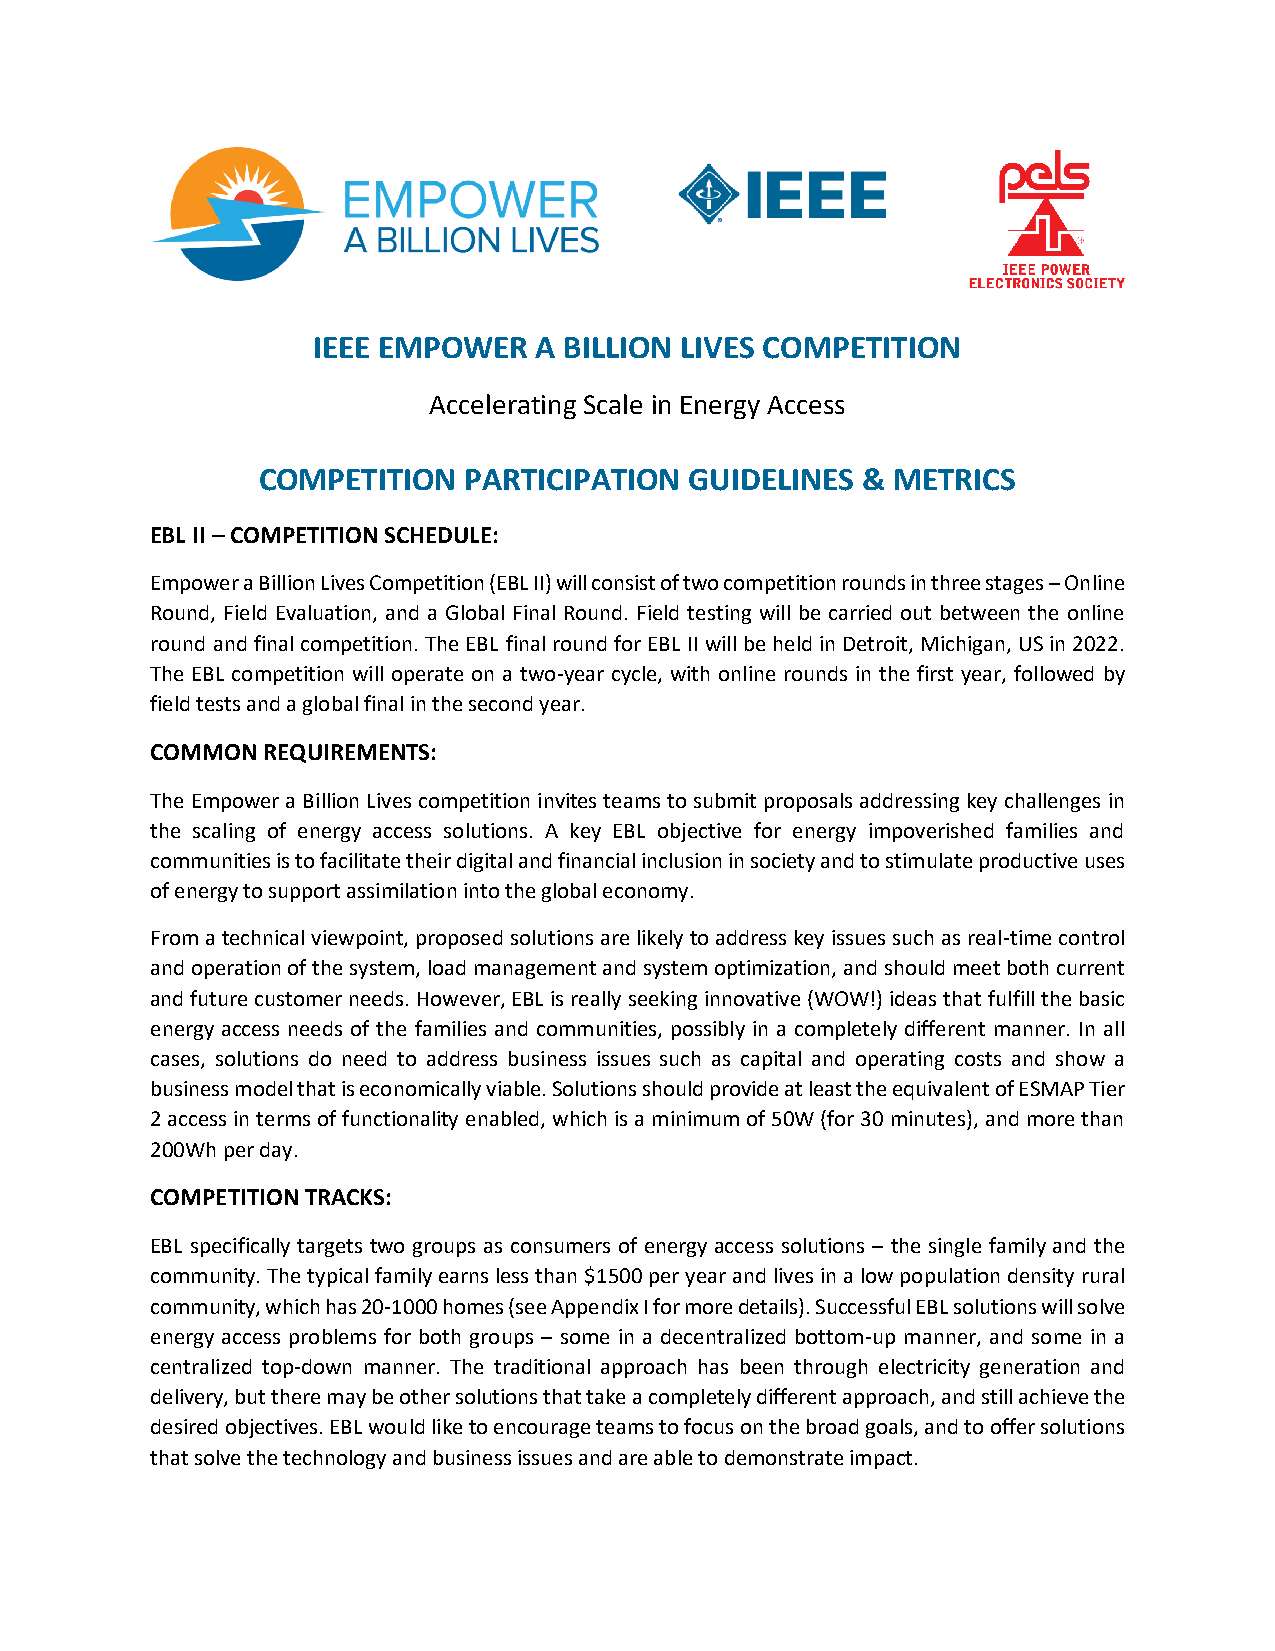
IEEE EMPOWER  A BILLION LIVES COMPETITION
 Accelerating Scale in Energy Access
 COMPETITION   PARTICIPATION  GUIDELINES & METRICS
 EBL II – COMPETITION SCHEDULE:
 Empower a Billion Lives Competition (EBL II) will consist of two competition rounds in three stages – Online
 Round, Field Evaluation, and a Global Final Round. Field testing will be carried out between the online
 round and final competition. The EBL final round for EBL II will be held in Detroit, Michigan, US in 2022.
 The EBL competition will operate on a two-year cycle, with online rounds in the first year, followed by
 field tests and a global final in the second year.
 COMMON REQUIREMENTS:
 The Empower a Billion Lives competition invites teams to submit proposals addressing key challenges in
 the scaling of energy access solutions. A key EBL objective for energy impoverished families and
 communities is to facilitate their digital and financial inclusion in society and to stimulate productive uses
 of energy to support assimilation into the global economy.
 From a technical viewpoint, proposed solutions are likely to address key issues such as real-time control
 and operation of the system, load management and system optimization, and should meet both current
 and future customer needs. However, EBL is really seeking innovative (WOW!) ideas that fulfill the basic
 energy access needs of the families and communities, possibly in a completely different manner. In all
 cases, solutions do need to address business issues such as capital and operating costs and show a
 business model that is economically viable. Solutions should provide at least the equivalent of ESMAP Tier
 2 access in terms of functionality enabled, which is a minimum of 50W (for 30 minutes), and more than
 200Wh per day.
 COMPETITION TRACKS:
 EBL specifically targets two groups as consumers of energy access solutions – the single family and the
 community. The typical family earns less than $1500 per year and lives in a low population density rural
 community, which has 20-1000 homes (see Appendix I for more details). Successful EBL solutions will solve
 energy access problems for both groups – some in a decentralized bottom-up manner, and some in a
 centralized top-down manner. The traditional approach has been through electricity generation and
 delivery, but there may be other solutions that take a completely different approach, and still achieve the
 desired objectives. EBL would like to encourage teams to focus on the broad goals, and to offer solutions
 that solve the technology and business issues and are able to demonstrate impact.